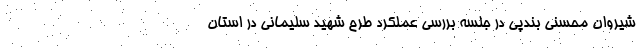
شیروان محسنی بندپی در جلسه بررسی عملکرد طرح شهید سلیمانی در استان